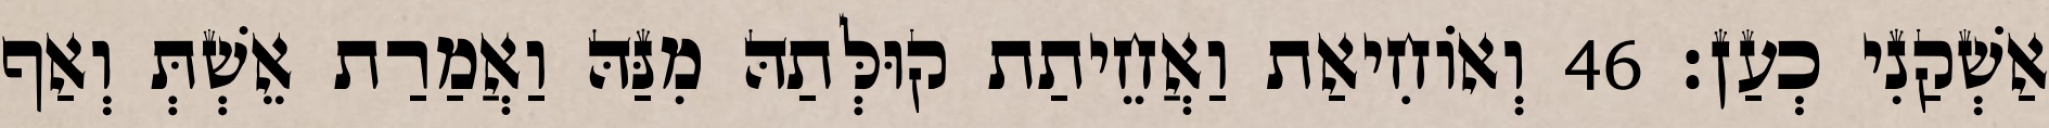
אַשְׁקַנִי כְעַן׃ 46 וְאוֹחִיאַת וַאֲחֵיתַת קוּלְּתַהּ מִנַּהּ וַאֲמַרַת אֵשְׁתְּ וְאַף